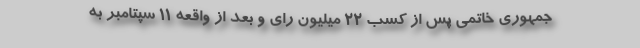
جمهوری خاتمی پس از کسب 22 میلیون رای و بعد از واقعه 11 سپتامبر به